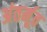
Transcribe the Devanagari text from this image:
अंतर्मूत